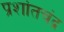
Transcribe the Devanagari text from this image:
प्रशांतचंद्र